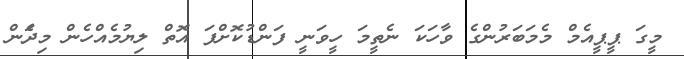
މީގަ ޕީޕީއެމް މެމަބަރުންގެ ވާހަކަ ނެތީމަ ހީވަނީ ފަންޑުކޮށްފަ އޮތް ލިޔުމެއްހެން މިދެަން